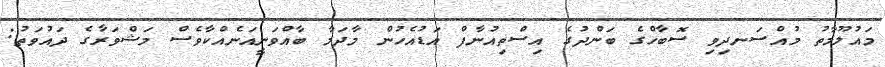
މައުލޫމާތު މުއްސަނދިވި ސޮބާހްގެ ބަންދުގެ އިސްތިއުނާފް އަޑުއެހުން މާދަމާ ބާއްވަނީއަނެއްކާވެސް މަޝްވަރާގެ ދައުވަތު: